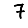
Digit: 7